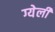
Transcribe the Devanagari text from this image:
ग्येली